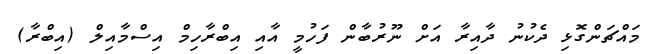
މައްޗަންގޮޅި ދެކުނު ދާއިރާ އަށް ނޫރުބާން ފަހުމީ އާއި އިބްރާހިމް އިސްމާއިލް (އިބްރާ)